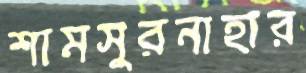
শামসুরনাহার